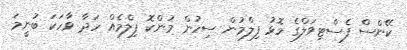
ކޭންސް ފެސްޓިވަލްގެ މޮޅު ފިލްމުން ސިހުން މުންކޮ ފިލްމެއް ހަދާ ވާހަކަ ބުނީމަ